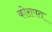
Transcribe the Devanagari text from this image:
कोरापत